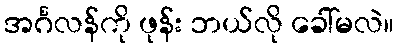
အင်္ဂလန်ကို ဖုန်း ဘယ်လို ခေါ်မလဲ။